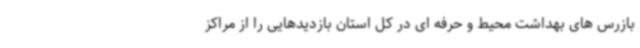
بازرس های بهداشت محیط و حرفه ای در کل استان بازدیدهایی را از مراکز